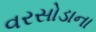
વરસોડાના